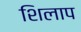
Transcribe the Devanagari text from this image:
शिलाप